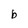
Character: b